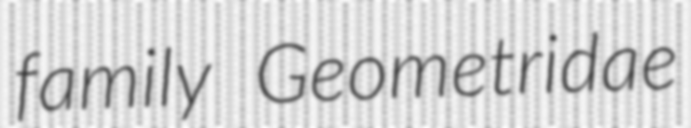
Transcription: family Geometridae